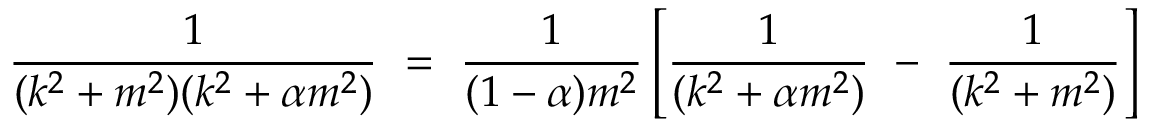
\frac { 1 } { ( k ^ { 2 } + m ^ { 2 } ) ( k ^ { 2 } + \alpha m ^ { 2 } ) } ~ = ~ \frac { 1 } { ( 1 - \alpha ) m ^ { 2 } } \left[ \frac { 1 } { ( k ^ { 2 } + \alpha m ^ { 2 } ) } ~ - ~ \frac { 1 } { ( k ^ { 2 } + m ^ { 2 } ) } \right]